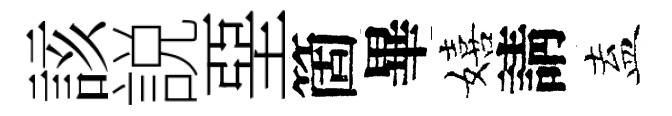
該説堊箇畢嬉請盍